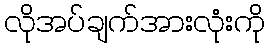
လိုအပ်ချက်အားလုံးကို